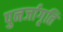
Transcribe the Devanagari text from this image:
पुनर्जागृति